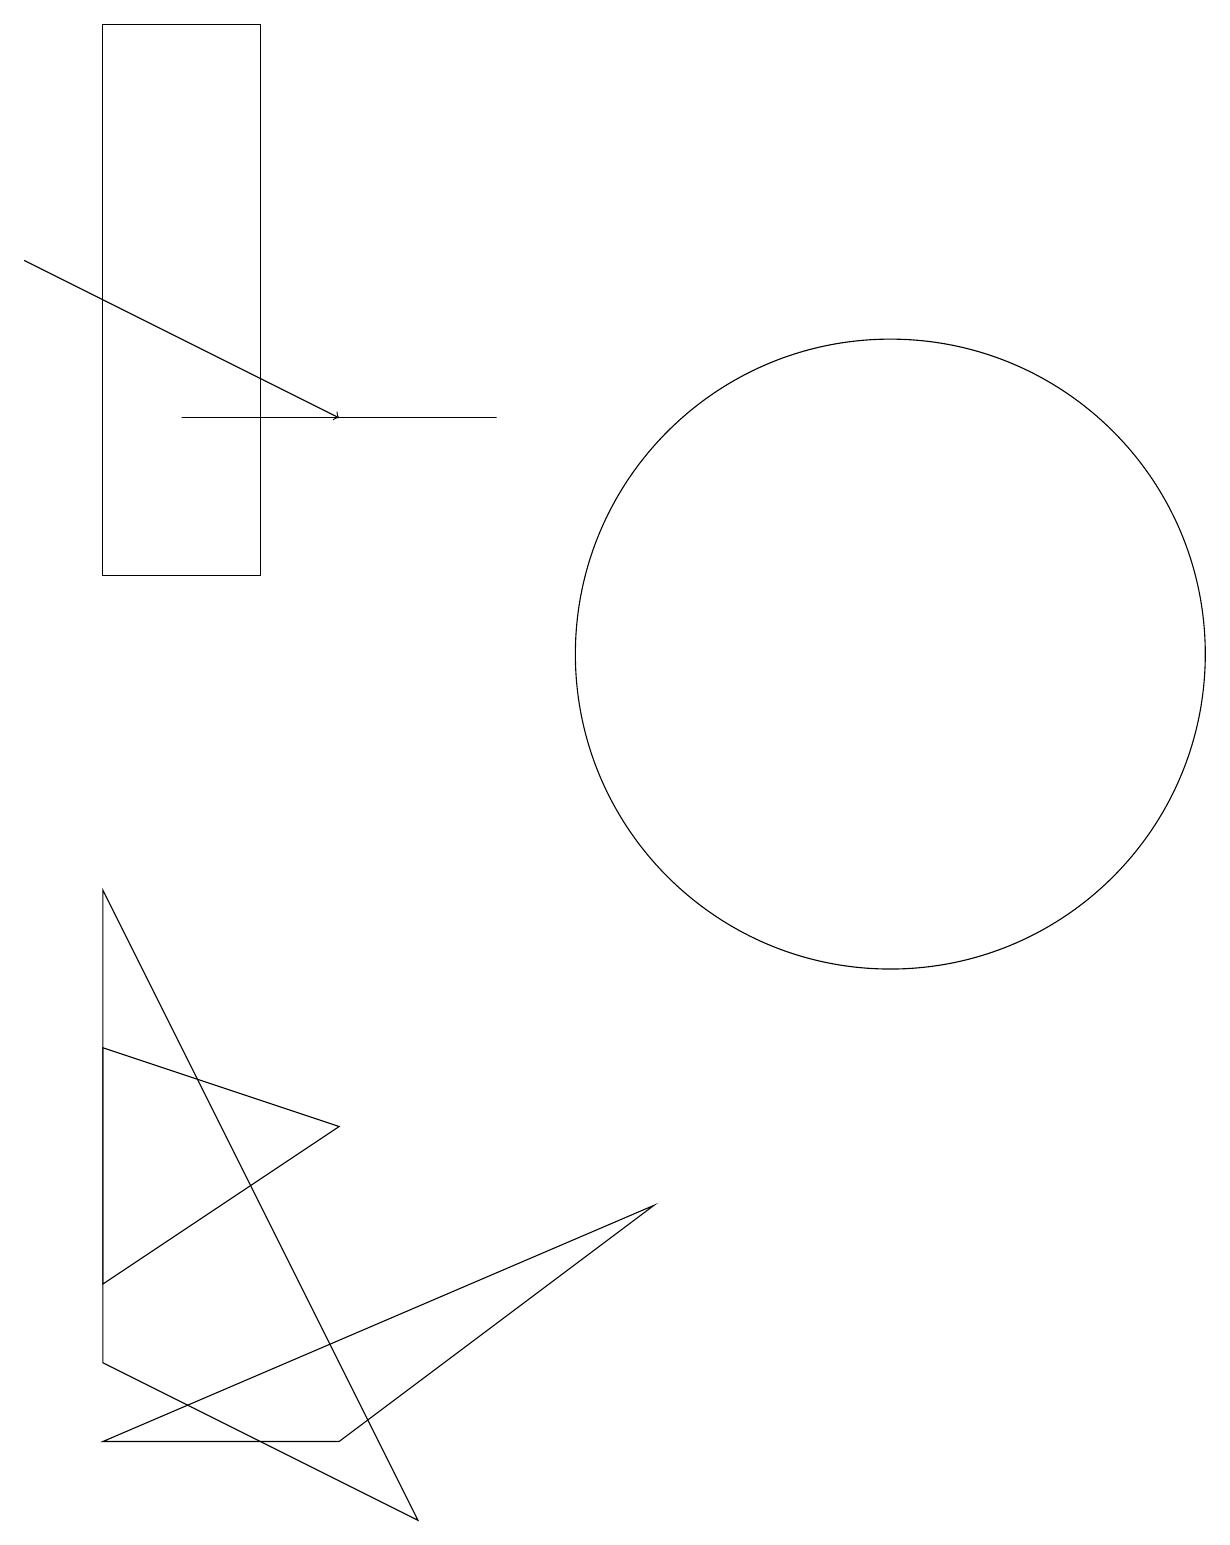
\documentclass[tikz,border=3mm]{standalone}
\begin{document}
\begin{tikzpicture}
\draw (12,11) circle (4);
\draw (6,0) -- (2,8) -- (2,2) -- cycle;
\draw (2,1) -- (9,4) -- (5,1) -- cycle;
\draw (3,14) rectangle (7,14);
\draw (2,6) -- (5,5) -- (2,3) -- cycle;
\draw (4,12) rectangle (2,19);
\draw[->] (1,16) -- (5,14);
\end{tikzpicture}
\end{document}